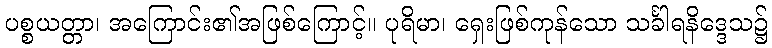
ပစ္စယတ္တာ၊ အကြောင်း၏အဖြစ်ကြောင့်။ ပုရိမာ၊ ရှေးဖြစ်ကုန်သော သင်္ခါရနိဒ္ဒေသ၌